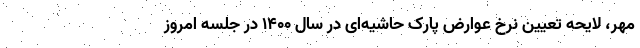
مهر، لایحه تعیین نرخ عوارض پارک حاشیه‌ای در سال ۱۴۰۰ در جلسه امروز